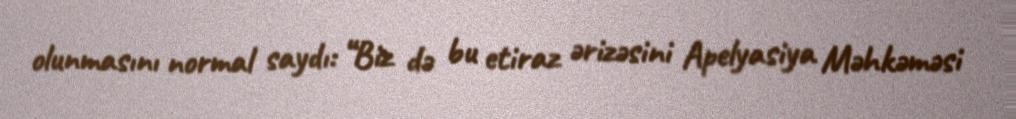
olunmasını normal saydı: “Biz də bu etiraz ərizəsini Apelyasiya Məhkəməsi